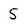
Character: 5